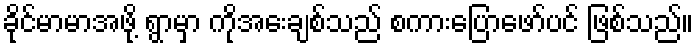
ခိုင်မာမာအဖို့ ရွာမှာ ကိုအေးချစ်သည် စကားပြောဖော်ပင် ဖြစ်သည်။